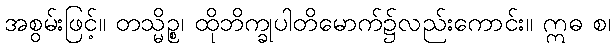
အစွမ်းဖြင့်။ တသ္မိဉ္စ၊ ထိုဘိက္ခုပါတိမောက်၌လည်းကောင်း။ ဣဓ စ၊